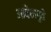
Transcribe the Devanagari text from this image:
आदेशापुढे